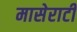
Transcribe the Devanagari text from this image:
मासेराटी